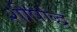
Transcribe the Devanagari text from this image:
शीर्षाद्ध